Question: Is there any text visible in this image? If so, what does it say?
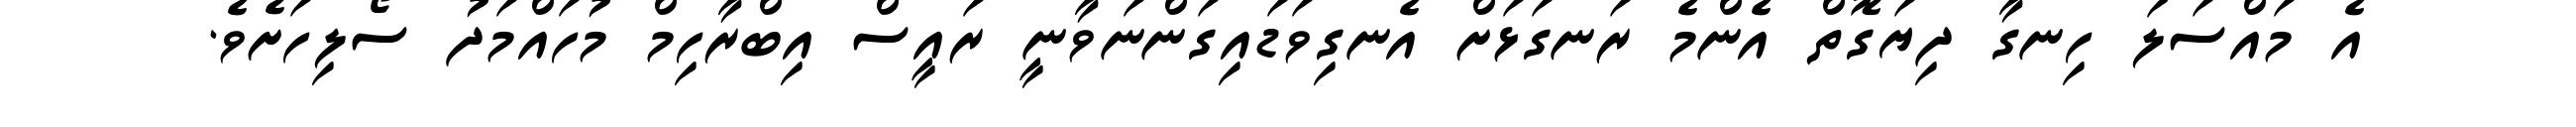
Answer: އެ މައްސަލަ ހިނގާ ދިޔަގޮތް އެންމެ ރަނގަޅަށް އެނގިވަޑައިގަންނަވާނީ ރައީސް އިބްރާހިމް މުހައްމަދު ސޯލިހަށެވެ.